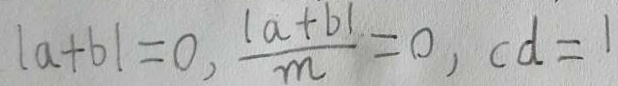
\vert a + b \vert = 0 , \frac { \vert a + b \vert } { m } = 0 , c d = 1